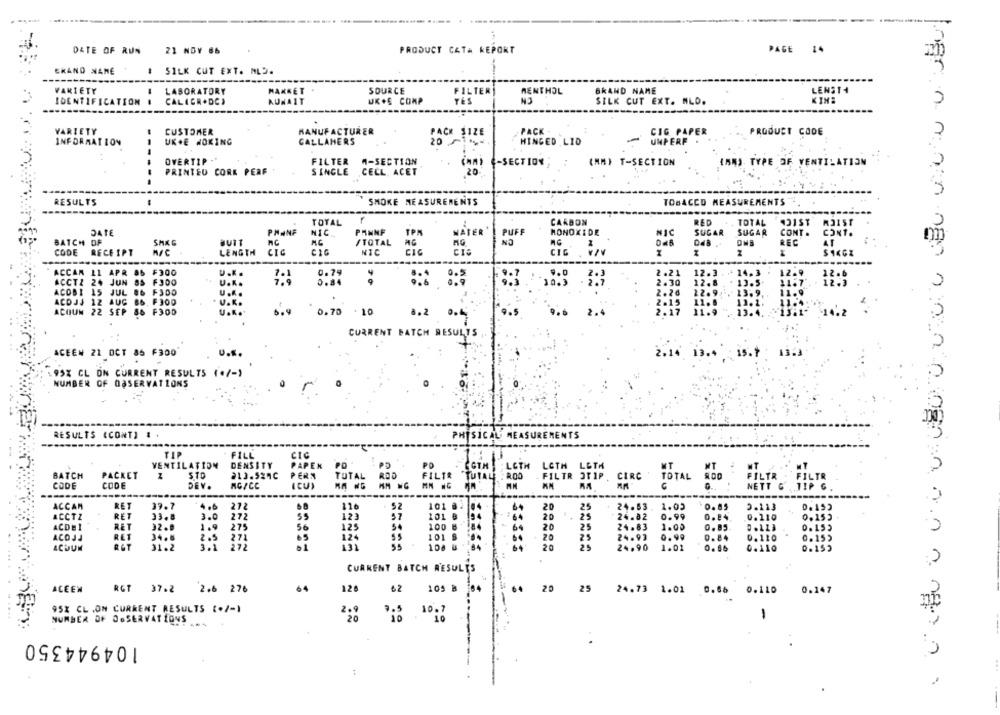
DATE OF RUN
PAGE 14
21 NOV 86
PRODUCT CATA REPORT
GRAND NANE
# SILK CUT EXT. ML).
VARIETY
LABORATORY
SOURCE
FILTER
MENTHOL
BRAND NAME
LENST4
UK .E COMP
TÉS
N3
SILK CUT EXT. NLD.
KIME
IDENTIFICATION
CALIGR . DC)
VARIETY
CUSTOMER
MANUFACTURER
PACK SIZE
PACK
-
CIG PAPER
PRODUCT CODE
INFORMATION
UK+E WOKING
CALLAHERS
20
HINGED LID
UNPERF
OVERTIP -*
FILTER M-SECTION
-SECTION,
(MM) T-SECTION
IANS TYPE OF VENTILATION
PRINTEU CORK PERF
SINGLE CELL. ACET
20
RESULTS
SMOKE MEASUREMENTS
TOBACCO MEASUREMENTS
TOTAL
CARBON
RED
TOTAL
431ST
DATE
PHANF
NIC.
PANNF
TPM
NATER
PUFF
MONOXIDE
SUGAR
SUGAR
CONT .
BATCH OF
BUIT
MC
/TOTAL
NO
REC
CODE
LENGTH
CIC
CIG
NIC
CIC
CIC
RECEIPT
M/C
ACCAM 11 APR 86
F300
0.79
0.5
9.0
12.3
14.3
12.9
U.K.
2.21
ACCTZ 24 JUN OS
F300
U.K.
0.84
.. 9
10.3
2.7
2.30
12.8
13.5
ACOBI 15 JUL O6 F3DO
U ...
2.26
22.92
13.9
ACOJJ 12
AUC
86 F300
11.6
12.1
U.K.
2.15
ACOUN 22 SEP
86 F300
0.70 . 10
8.2 0.4
2.17
11.9
13.4.
CURRENT BATCH RESULTS
ACEEN 21 OCT 85 F300
2.14 13.4 15.1
195% CL ON CURRENT RESULTS (+/-)
NUMBER OF OBSERVATIONS
RESULTS (CONT) # .
PHYSICAL MEASUREMENTS
TIP
FILL
VENTILATION
DENSITY
PAPEK
PO
PO
LOTH
LOTH
LETH
BATCH
PACKET
STO
213.524C
PERN
TOTAL
ROD
FILTR
"TUTALE
FILTR 3TIP
STIP
CODE
CODE
DEV.
AGFCC
(CU)
CIRC
TOTAL 800 FILTR FILTR
NETT G
ACCAM
RET
39.7
4.6
272
116
20
25
24.63. 1.05
0. 85
3.213
0.152
RET
3.0
55
123
20
24.82
ACCTZ
33.8
272
25
0.99
ACDEI
RET
32.0
1.9
275
56
125
64
20
25
24.83
1.00
ACOJJ
RET
34.6
2.5
271
65
24.99
0.99
124
20
ACOUM
R&T
31.2
3.1
272
01
20
25
24.90
1.01
CURRENT BATCH RESULTS
64
25
ACEEN
RGT 37.2
2.6 276
120
62 105 B
64
20
24.73 1.01 0.66 0.110
0.147
95% CL .ON CURRENT RESULTS (./-1
NUMBER OF OBSERVATIONS
104944350